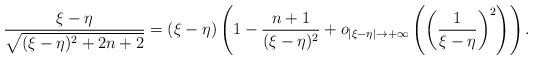
LaTeX: \begin{align*}\frac{\xi-\eta}{\sqrt{(\xi-\eta)^2+2n+2}}=(\xi-\eta)\left(1-\frac{n+1}{(\xi-\eta)^2}+o_{|\xi-\eta|\rightarrow+\infty}\left(\left(\frac{1}{\xi-\eta}\right)^2\right)\right).\end{align*}